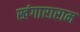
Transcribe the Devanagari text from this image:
खंगाराराम